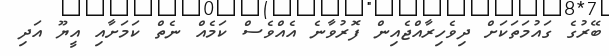
ބޭރުގެ ގައުމަތަކަށް ދިވެހިރާއްޖެއިން ފޮރުވާނެ އެއްވެސް ކަމެއް ނެތް ކަމަށާއި އީޔޫ އަދި